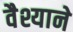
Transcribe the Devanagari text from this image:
वैश्याने